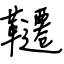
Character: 韆